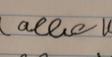
Signature authenticity: forged